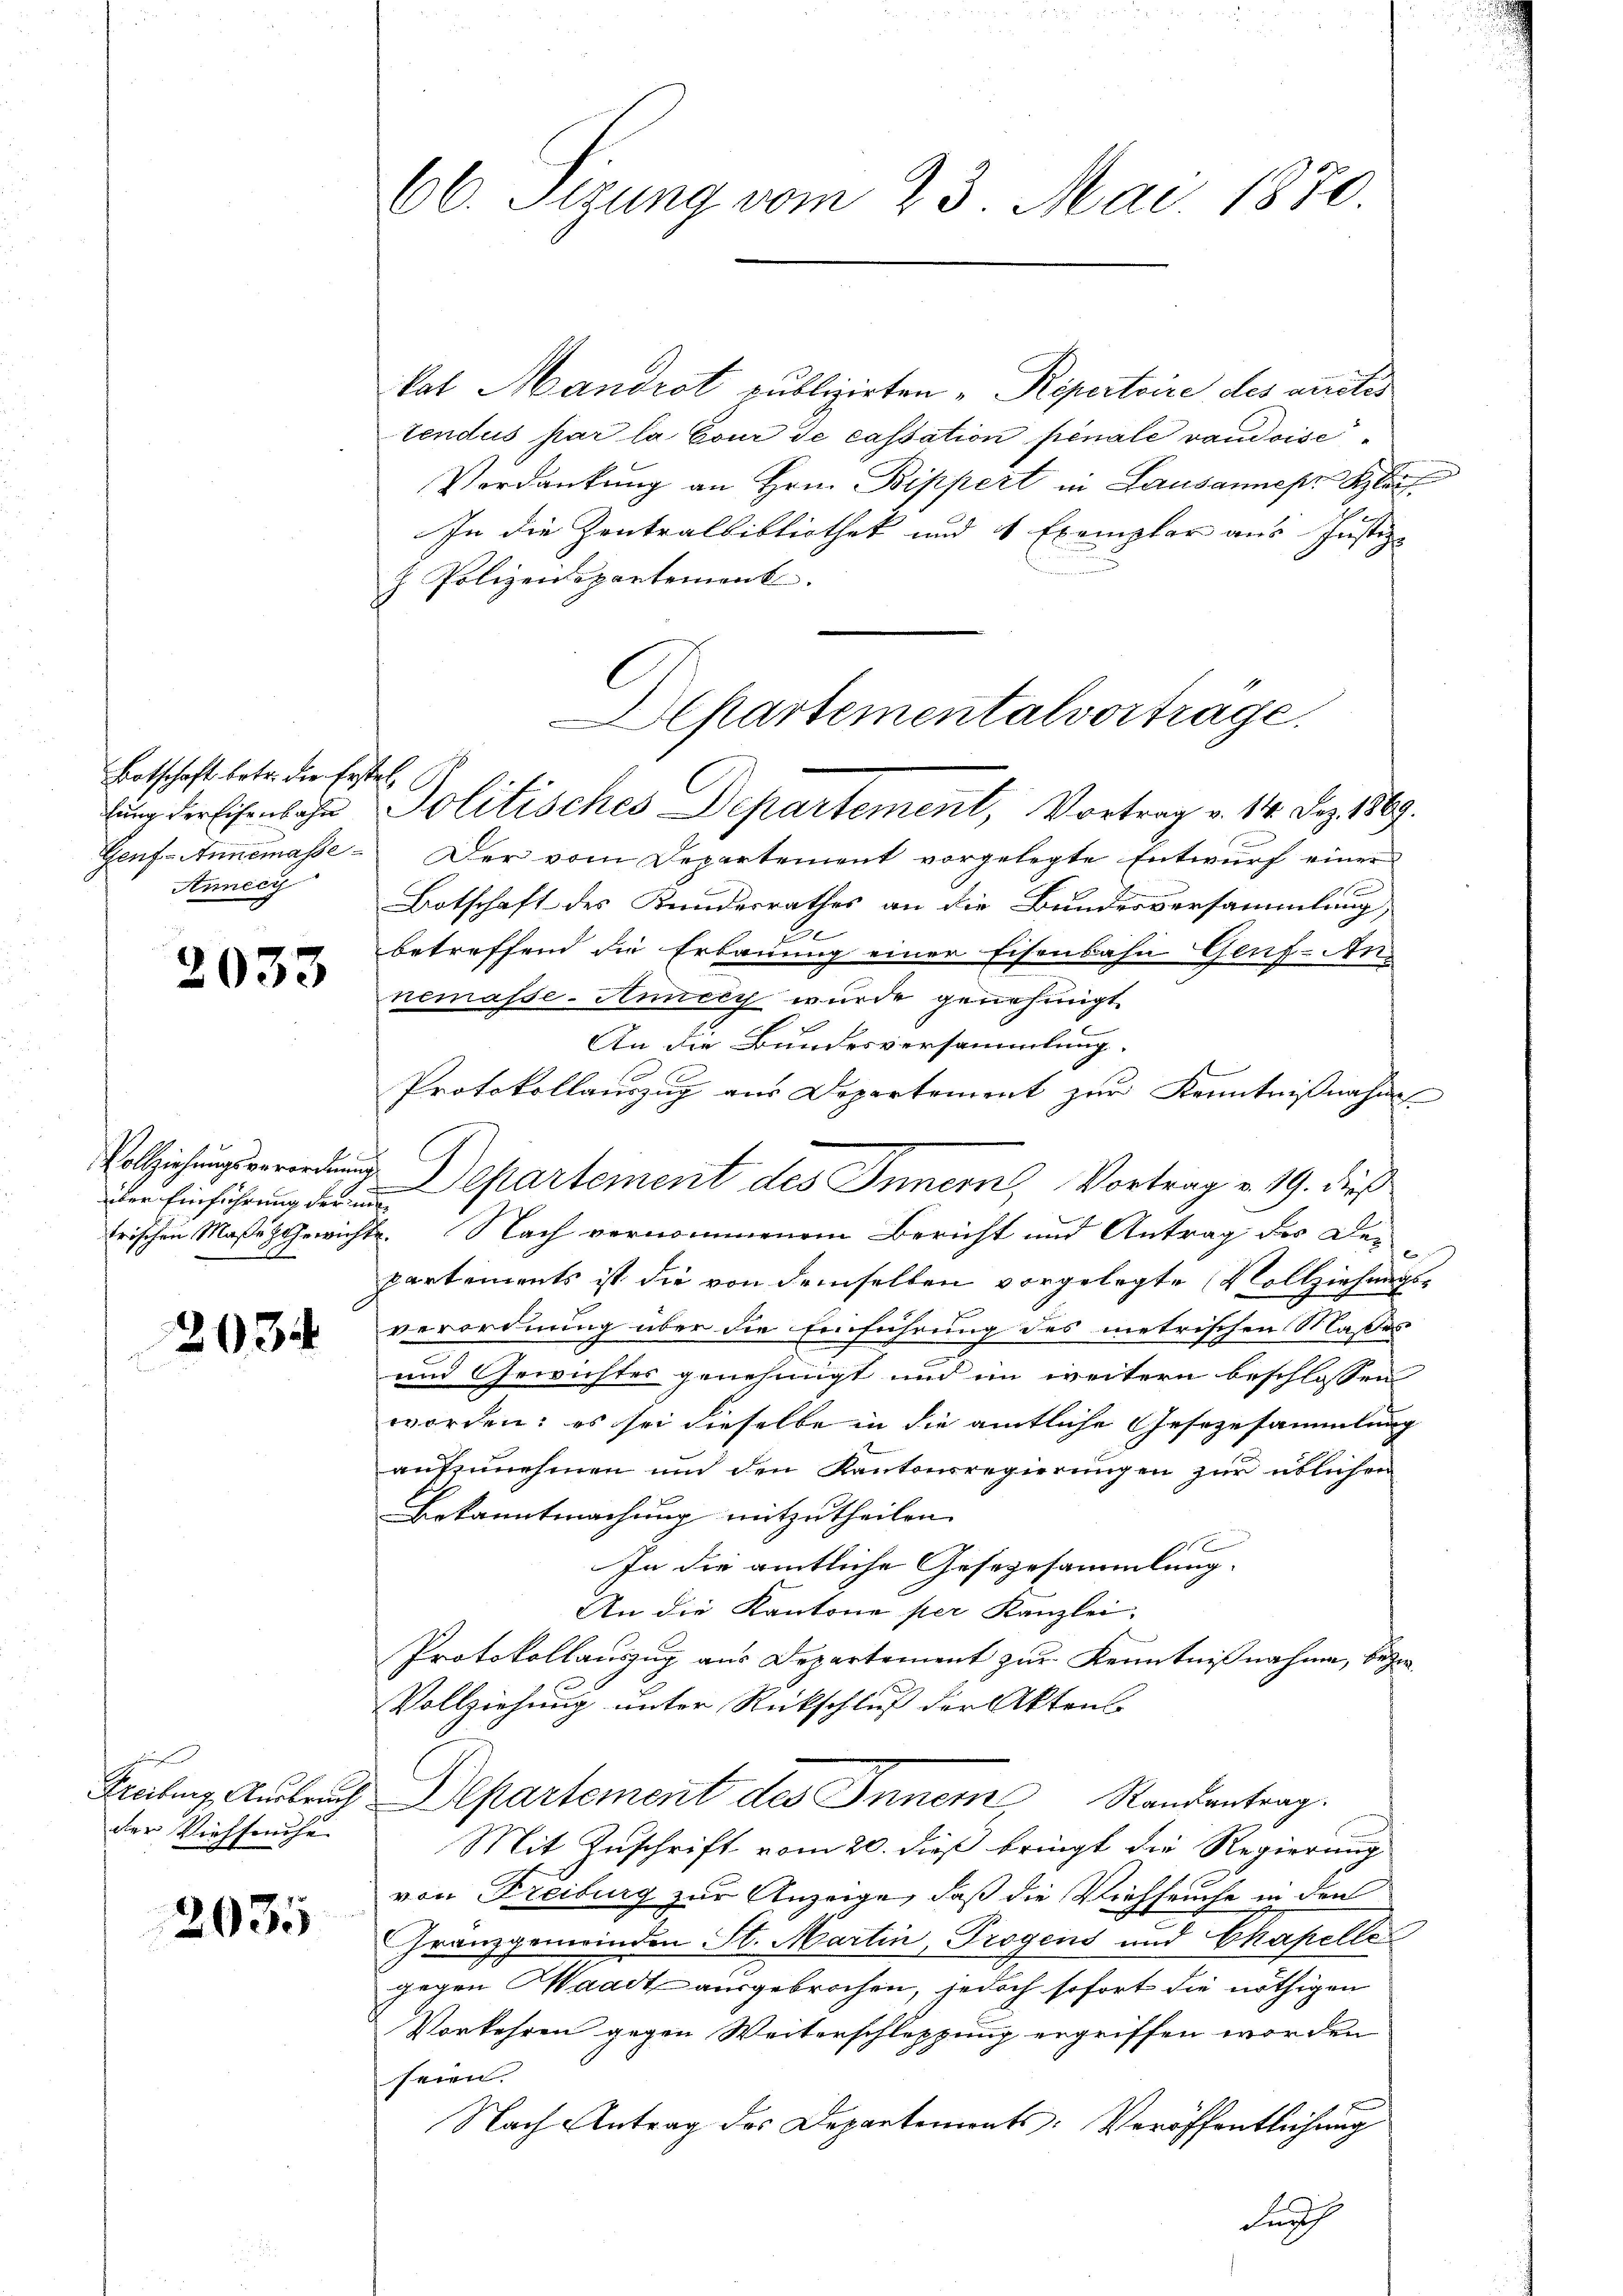
Botschaft betr. die Erstel
Annecy

2033

Vollziehungsverordnung
über Einführung der in
trischen Maße Gewicht
A

2034

u
Freibung, Ausbruch
der Viehseuche

2035

kat Mandrot publizirten „Repertoire des auctis
tendus par la Cour de cassation penale vaudoise¬
Verdankung an Hrn. Bippert in Lausannepe Klass
In die Zentralbibliothek und 1 Exemplar aus Justiz-
 Polizeidepartement.

66. Sigung vom 23. Mai 1870.

Departementalvorträge.
lung der Eisenbahn Politisches Departement, Vortrag v. 14. Dez. 1869.

Geuf-Annemasse. Der vom Departement vorgelegte Entwurf einer
Botschaft des Kundesrathes an die Bundesversammlung,
de
betreffend die Erbauung einer Eisenbahn Genf-An
nemasse - Annecy wurde genehmigt
An die Bundesversammlung.
Protokollauszug aus Departement zur Kenntnißnahm
v. Departement des Innern Vortrag v. 19. dieß
.
Nach vernommenem Bericht und Antrag des De-
4.
partements ist die von demselben vorgelegte Vollziehungs-
verordnung über die Einführung des metrischen Maßes
und Gewichtes genehmigt und im weitern beschlossen
worden; es sei dieselbe in die amtliche Gesezesammlung
aufzunehmen und den Kantonsregierungen zur üblichen
Bekanntmachung mitzutheilen. |
In die amtliche Gesezesammlung.
An die Kantone per Kanzlei.
Protokollauszug aus Departement zur Kenntnißnahme, bezu
Vollziehung unter Rückschluß der Aktens
Departement des Inner Randantrag.
Mit Zuschrift vom 20. dieß bringt die Regierung
von Freiburg zur Anzeige, daß die Viehseuche in den
Franzgemeinden St. Martin, Trogens und Chapelle
gegen Waadt ausgebrochen, jedoch sofort die nöthigen
Vorkehren gegen Weiterschleppung ergriffen worden
seien.
Nach Antrag des Departemonts: Veröffentlichung
Furch